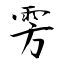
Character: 雱